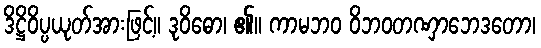
ဒိဋ္ဌိဝိပ္ပယုတ်အားဖြင့်။ ဒုဝိဓော၊ ၏။ ကာမဘဝ ဝိဘဝတဏှာဘေဒတော၊